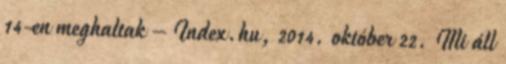
14-en meghaltak – Index.hu, 2014. október 22. Mi áll